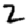
Digit: 2